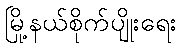
မြို့နယ်စိုက်ပျိုးရေး